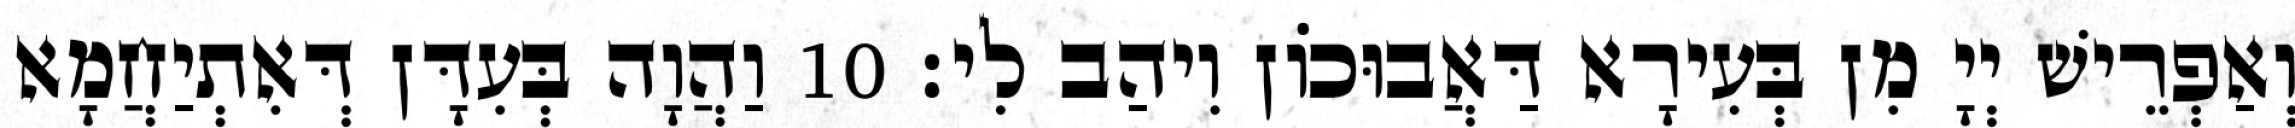
וְאַפְרֵישׁ יְיָ מִן בְּעִירָא דַּאֲבוּכוֹן וִיהַב לִי׃ 10 וַהֲוָה בְּעִדָּן דְּאִתְיַחֲמָא